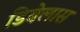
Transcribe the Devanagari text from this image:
डिबेलास